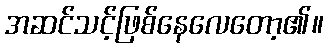
အဆင်သင့်ဖြစ်နေလေတော့၏။